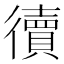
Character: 𢖏